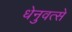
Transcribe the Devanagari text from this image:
धेनुवत्से